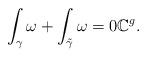
LaTeX: \begin{align*}\int_{\gamma} \omega + \int_{\tilde{\gamma}} \omega = 0 \mathbb{C}^g.\end{align*}